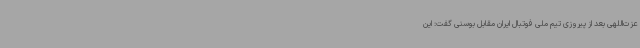
عزت‌اللهی بعد از پیروزی تیم ملی فوتبال ایران مقابل بوسنی گفت: این